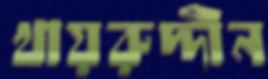
খায়রুদ্দীন